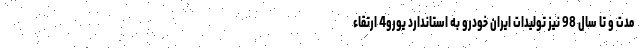
مدت و تا سال 98 نیز تولیدات ایران خودرو به استاندارد یورو4 ارتقاء